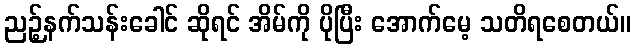
ညဉ့်နက်သန်းခေါင် ဆိုရင် အိမ်ကို ပိုပြီး အောက်မေ့ သတိရစေတယ်။